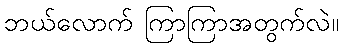
ဘယ်လောက် ကြာကြာအတွက်လဲ။